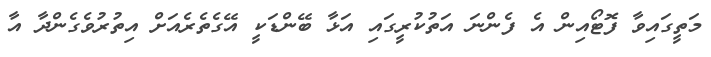
މަތީގައިވާ ފޮޓޯއިން އެ ފެންނަ އަތުކުރީގައި އަޅާ ބޭންޑަކީ އޭގެތެރެއަށް އިތުރުވެގެންދާ އާ